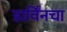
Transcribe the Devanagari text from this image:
डार्विंनचा